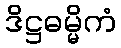
ဒိဋ္ဌဓမ္မိကံ